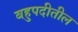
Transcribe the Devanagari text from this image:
बहुपदीतील